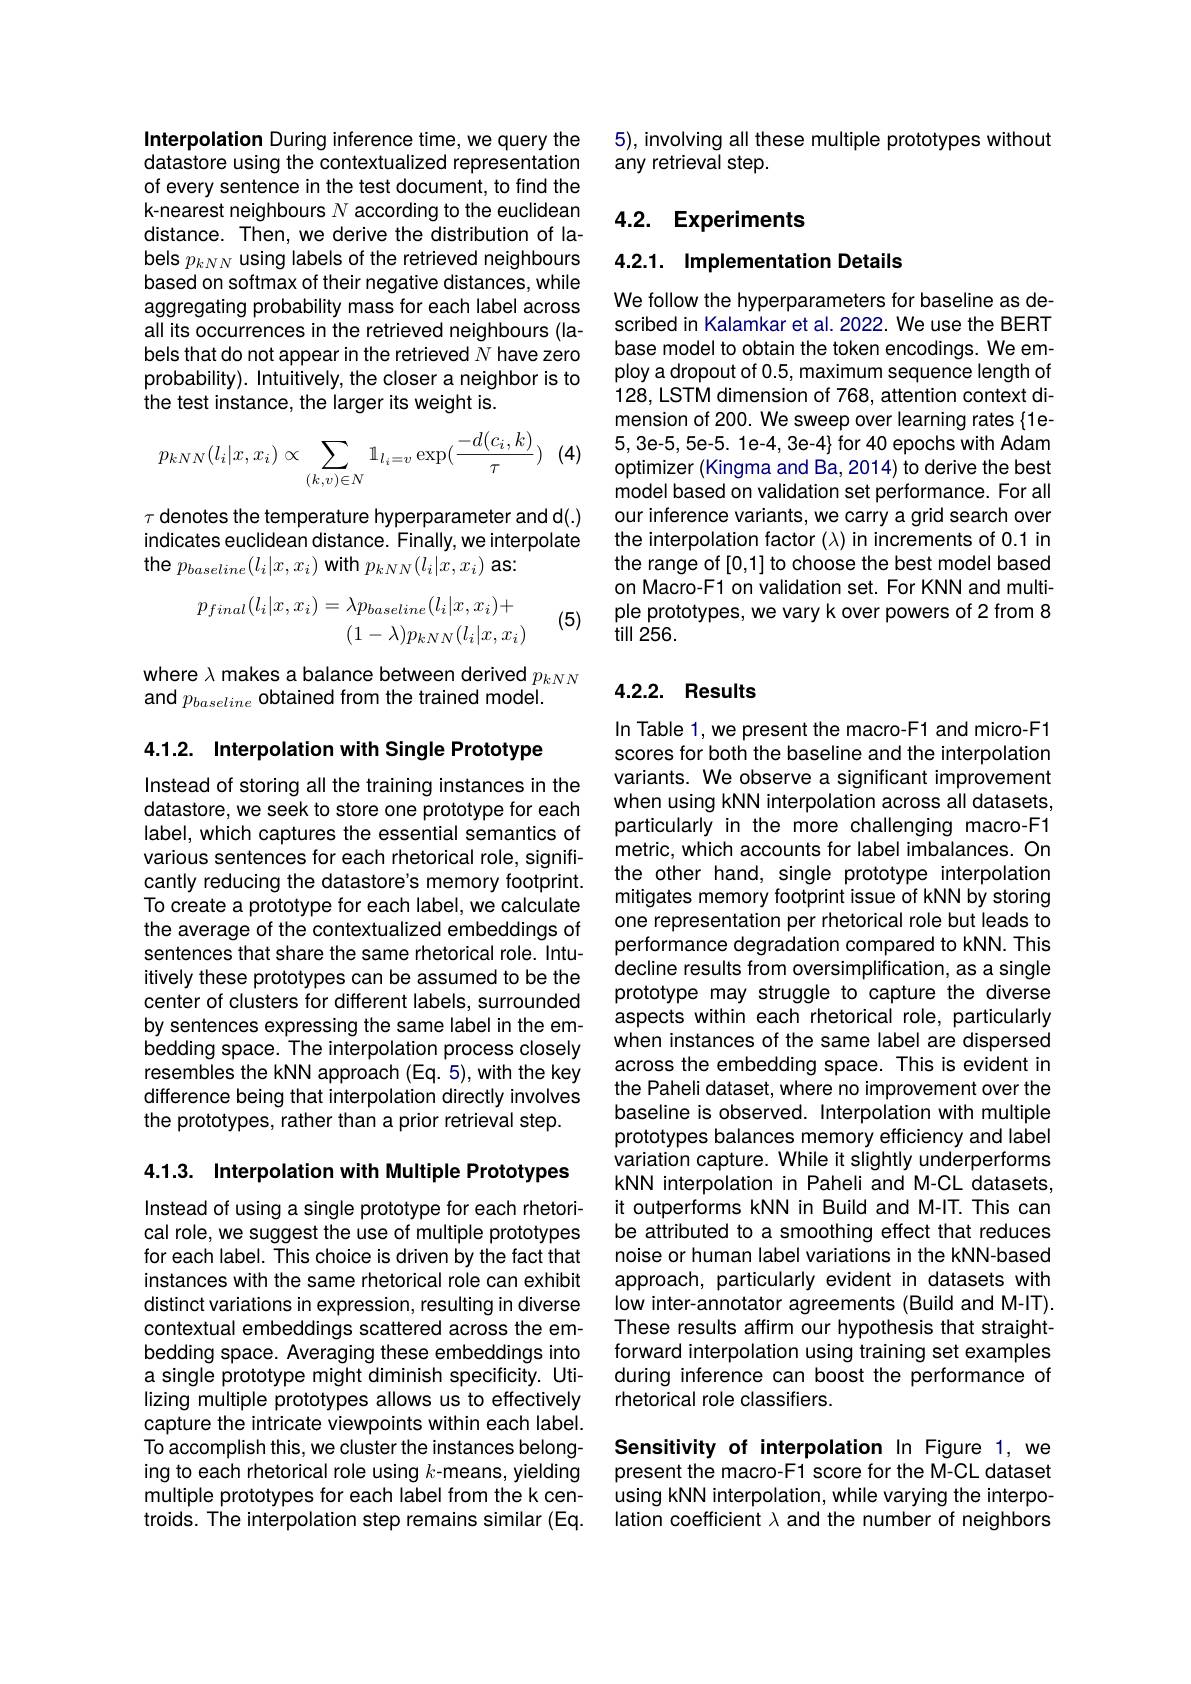
Interpolation During inference time, we query the datastore using the contextualized representation of every sentence in the test document, to find the k-nearest neighbours $N$ according to the euclidean distance. Then, we derive the distribution of labels $p_{kNN}$ using labels of the retrieved neighbours based on softmax of their negative distances, while aggregating probability mass for each label across all its occurrences in the retrieved neighbours (labels that do not appear in the retrieved $N$ have zero probability). Intuitively, the closer a neighbor is to the test instance, the larger its weight is.

(4
$$p_{kNN}(l_i|x,x_i)\propto\sum_{(k,v)\in N}\mathbb{1}_{l_i=v}\exp(\frac{-d(c_i,k)}{\tau})$$
$\tau$ denotes the temperature hyperparameter and d(.) indicates euclidean distance. Finally, we interpolate the $p_{baseline}(l_{i}|x,x_{i})$ with $p_{kNN}(l_{i}|x,x_{i})$ as:
$$\begin{aligned}p_{final}(l_i|x,x_i)&=\lambda p_{baseline}(l_i|x,x_i)+\\&(1-\lambda)p_{kNN}(l_i|x,x_i)\end{aligned}$$
(5)

where $\lambda$ makes a balance between derived $p_{kNN}$
and $p_{baseline}$ obtained from the trained model.

4.1.2. Interpolation with Single Prototype

Instead of storing all the training instances in the datastore, we seek to store one prototype for each label, which captures the essential semantics of various sentences for each rhetorical role, significantly reducing the datastore's memory footprint. To create a prototype for each label, we calculate the average of the contextualized embeddings of sentences that share the same rhetorical role. Intuitively these prototypes can be assumed to be the center of clusters for different labels, surrounded by sentences expressing the same label in the embedding space. The interpolation process closely resembles the kNN approach (Eq. 5), with the key difference being that interpolation directly involves the prototypes, rather than a prior retrieval step.

4.1.3. Interpolation with Multiple Prototypes

Instead of using a single prototype for each rhetorical role, we suggest the use of multiple prototypes for each label. This choice is driven by the fact that instances with the same rhetorical role can exhibit distinct variations in expression, resulting in diverse contextual embeddings scattered across the embedding space. Averaging these embeddings into a single prototype might diminish specificity. Utilizing multiple prototypes allows us to effectively capture the intricate viewpoints within each label. To accomplish this, we cluster the instances belonging to each rhetorical role using $k$-means, yielding multiple prototypes for each label from the k centroids. The interpolation step remains similar (Eq.

5), involving all these multiple prototypes without
any retrieval step.

# 4.2. Experiments

4.2.1. Implementation Details

We follow the hyperparameters for baseline as described in Kalamkar et al. 2022. We use the BERT base model to obtain the token encodings. We employ a dropout of 0.5, maximum sequence length of 128, LSTM dimension of 768, attention context dimension of 200. We sweep over learning rates{1e- 5, 3e-5, 5e-5. 1e-4, 3e-4} for 40 epochs with Adam optimizer (Kingma and Ba, 2014) to derive the best model based on validation set performance. For all our inference variants, we carry a grid search over the interpolation factor $(\lambda)$ in increments of 0.1 in the range of [0,1] to choose the best model based on Macro-F1 on validation set. For KNN and multiple prototypes, we vary k over powers of 2 from 8 $till256.$

## 4.2.2. Results

In Table 1, we present the macro-F1 and micro-F1 scores for both the baseline and the interpolation variants. We observe a significant improvement when using kNN interpolation across all datasets, particularly in the more challenging macro-F1 metric, which accounts for label imbalances. On the other hand, single prototype interpolation mitigates memory footprint issue of kNN by storing one representation per rhetorical role but leads to performance degradation compared to kNN. This decline results from oversimplification, as a single prototype may struggle to capture the diverse aspects within each rhetorical role, particularly when instances of the same label are dispersed across the embedding space. This is evident in the Paheli dataset, where no improvement over the baseline is observed. Interpolation with multiple prototypes balances memory efficiency and label variation capture. While it slightly underperforms kNN interpolation in Paheli and M-CL datasets it outperforms kNN in Build and M-IT. This can be attributed to a smoothing effect that reduces noise or human label variations in the kNN-based approach, particularly evident in datasets with low inter-annotator agreements (Build and M-IT). These results affirm our hypothesis that straightforward interpolation using training set examples during inference can boost the performance of rhetorical role classifiers.

Sensitivity of interpolation In Figure 1, we present the macro-F1 score for the M-CL dataset using kNN interpolation, while varying the interpolation coefficient $\lambda$ and the number of neighbors